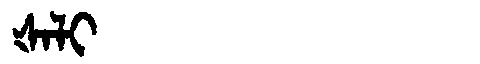
Manchu: ᡧᠠᠯᡳ
Romanization: ŠALI